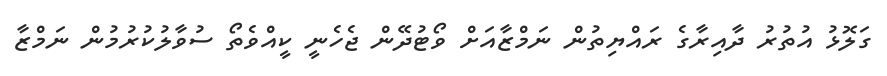
ގަލޮޅު އުތުރު ދާއިރާގެ ރައްޔިތުން ނަމްޒާއަށް ވޯޓުދޭން ޖެހެނީ ކީއްވެތޯ ސުވާލުކުރުމުން ނަމްޒާ